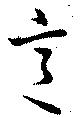
意